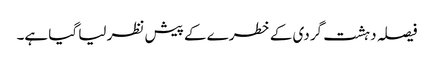
فیصلہ دہشت گردی کے خطرے کے پیش نظر لیا گیا ہے۔